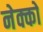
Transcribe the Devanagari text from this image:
नेक्को